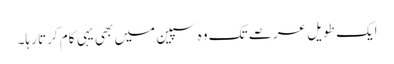
ایک طویل عرصے تک وہ سپین میں بھی یہی کام کرتا رہا۔